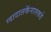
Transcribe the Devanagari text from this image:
ग्वादालकॅनालकडे